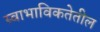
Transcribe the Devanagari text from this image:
स्वाभाविकतेतील